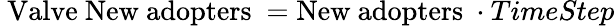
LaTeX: \ {\mathrm{Valve~New~adopters}}\ ={\mathrm{New~adopters~}}\cdot TimeStep